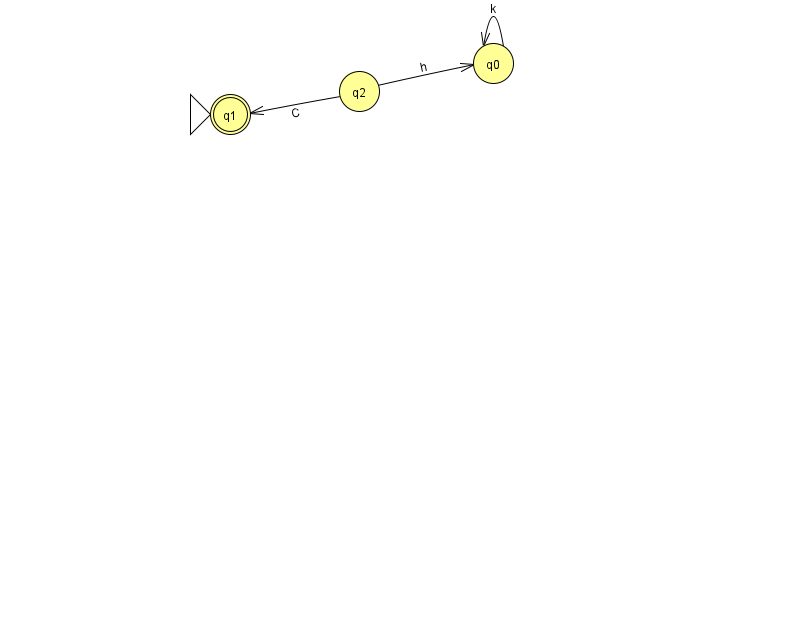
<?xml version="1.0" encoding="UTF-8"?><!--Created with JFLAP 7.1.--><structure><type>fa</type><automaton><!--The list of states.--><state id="0" name="q0"><x>493.0</x><y>50.0</y></state><state id="1" name="q1"><x>230.0</x><y>101.0</y><initial/><final/></state><state id="2" name="q2"><x>359.0</x><y>78.0</y></state><!--The list of transitions.--><transition><from>2</from><to>1</to><read>C</read></transition><transition><from>2</from><to>0</to><read>h</read></transition><transition><from>0</from><to>0</to><read>k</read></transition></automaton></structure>